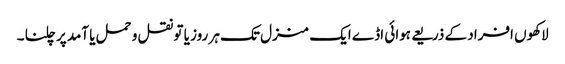
لاکھوں افراد کے ذریعے ہوائی اڈے ایک منزل تک ہر روز یا تو نقل و حمل یا آمد پر چلنا ۔